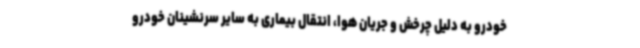
خودرو به دلیل چرخش و جریان هوا، انتقال بیماری به سایر سرنشینان خودرو